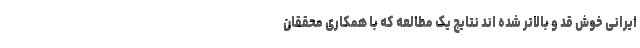
ایرانی خوش قد و بالاتر شده اند نتایج یک مطالعه که با همکاری محققان